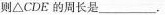
则△CDE的周长是___。